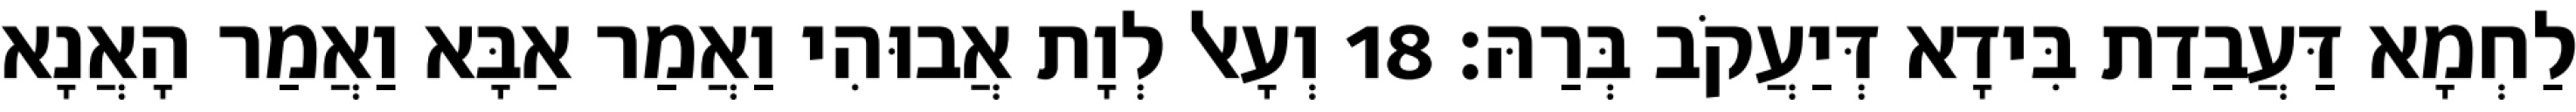
לַחְמָא דַּעֲבַדַת בִּידָא דְּיַעֲקֹב בְּרַהּ׃ 18 וְעָאל לְוָת אֲבוּהִי וַאֲמַר אַבָּא וַאֲמַר הָאֲנָא